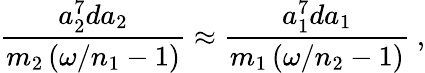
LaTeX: \frac{a_{2}^{7}da_{2}}{m_{2}\left(\omega/n_{1}-1\right)}\approx\frac{a_{1}^{7}da_{1}}{m_{1}\left(\omega/n_{2}-1\right)}\ ,